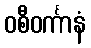
ဝစီဝင်္ကာနံ